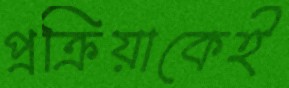
প্রক্রিয়াকেই